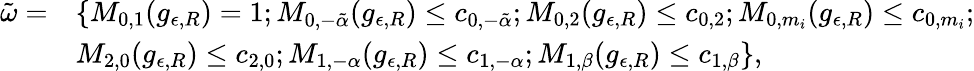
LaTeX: \begin{array}{rl}{\tilde{\omega}=}&{\{ M_{0,1}(g_{\epsilon,R})=1;M_{0,-\tilde{\alpha}}(g_{\epsilon,R})\leq c_{0,-\tilde{\alpha}};M_{0,2}(g_{\epsilon,R})\leq c_{0,2};M_{0,m_{i}}(g_{\epsilon,R})\leq c_{0,m_{i}};}\\ &{M_{2,0}(g_{\epsilon,R})\leq c_{2,0};M_{1,-\alpha}(g_{\epsilon,R})\leq c_{1,-\alpha};M_{1,\beta}(g_{\epsilon,R})\leq c_{1,\beta}\} ,}\end{array}